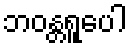
ဘဝန္တရူပေါ